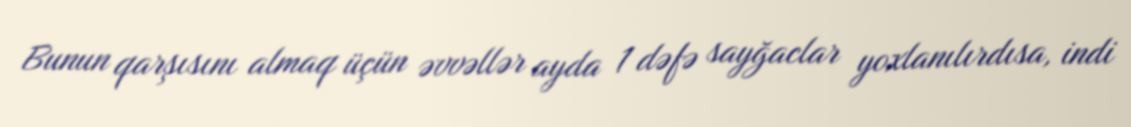
Bunun qarşısını almaq üçün əvvəllər ayda 1 dəfə sayğaclar yoxlanılırdısa, indi